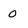
Character: 0